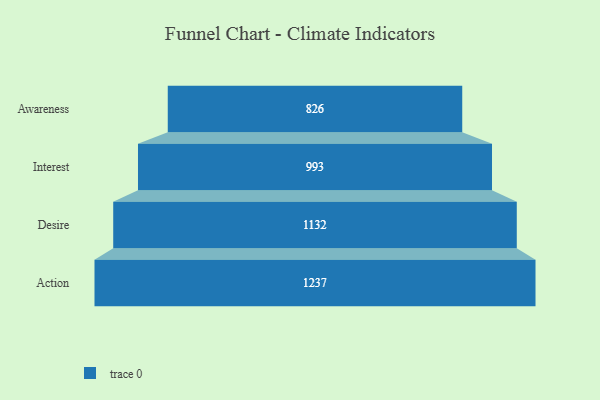
{"axis": {"x": "Stage", "y": "Value"}, "legend": [""], "data": [{"x": "Awareness", "y": 826.0, "type": ""}, {"x": "Interest", "y": 993.0, "type": ""}, {"x": "Desire", "y": 1132.0, "type": ""}, {"x": "Action", "y": 1237.0, "type": ""}]}